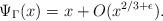
LaTeX: \begin{align*}\Psi_{\Gamma}(x)=x+O(x^{2/3+\epsilon}).\end{align*}